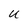
Character: u